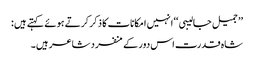
’’ جمیل جالیبی ‘‘ انہیں امکانات کا ذکر کرتے ہوئے کہتے ہیں :
شاہ قدرت اس دور کے منفرد شاعر ہیں ۔